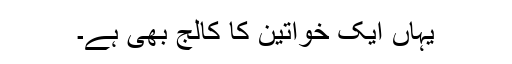
یہاں ایک خواتین کا کالج بھی ہے۔